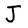
Character: J